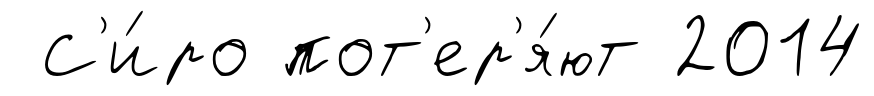
С'и́ро пот'ер'я́ют 2014